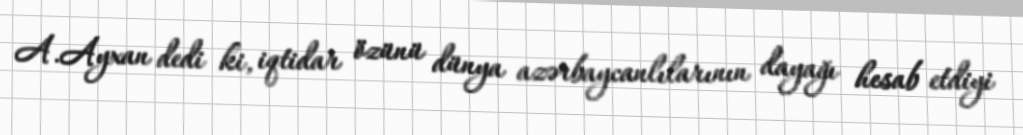
A.Ayxan dedi ki, iqtidar özünü dünya azərbaycanlılarının dayağı hesab etdiyi